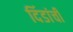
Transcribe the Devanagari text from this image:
दिंडांची